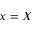
x = X